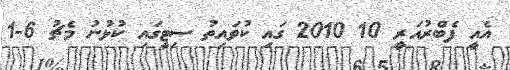
އެއީ ފެބްރުއަރީ 10 2010 ގައި ކުވައިތު ސިޓީގައި ކުޅުނު މެޗު 6-1